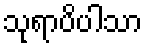
သုရာပိပါသာ